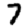
Digit: 7